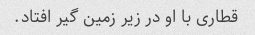
قطاری با او در زیر زمین گیر افتاد.